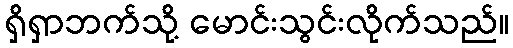
ရှိရှာဘက်သို့ မောင်းသွင်းလိုက်သည်။